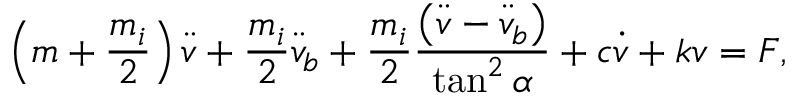
\left( m + \frac { m _ { i } } { 2 } \right) { \ddot { v } } + \frac { m _ { i } } { 2 } { \ddot { v } _ { b } } + \frac { m _ { i } } { 2 } \frac { \left( \ddot { v } - \ddot { v } _ { b } \right) } { \tan ^ { 2 } { \alpha } } + c \dot { v } + k v = F ,